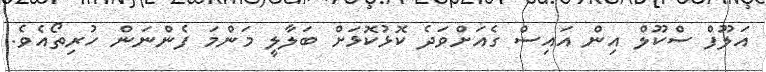
އަލޫފް ސްކޫލް އިން އައިސް ގެއަށްވަދެ ކޮޅުކޮޅަށް ބަލާލީ މަންމަ ފެންނަން ހުރިތޯއެވެ.